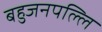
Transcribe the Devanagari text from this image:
बहुजनपल्लि